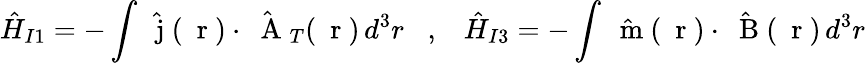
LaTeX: \hat{H}_{I1}=-\int\hat{\mathrm{~\mathbf~j~}}(\mathrm{~\mathbf~r~})\cdot\hat{\mathrm{~\mathbf~A~}}_{T}(\mathrm{~\mathbf~r~})\, d^{3}r\; \; \; ,\; \; \; \hat{H}_{I3}=-\int\hat{\mathrm{~\mathbf~m~}}(\mathrm{~\mathbf~r~})\cdot\hat{\mathrm{~\mathbf~B~}}(\mathrm{~\mathbf~r~})\, d^{3}r